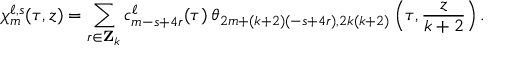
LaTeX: \chi _ { m } ^ { \ell , s } ( \tau , z ) = \sum _ { r \in { \bf Z } _ { k } } c _ { m - s + 4 r } ^ { \ell } ( \tau ) \: \theta _ { 2 m + ( k + 2 ) ( - s + 4 r ) , 2 k ( k + 2 ) } \left( \tau , \frac { z } { k + 2 } \right) .